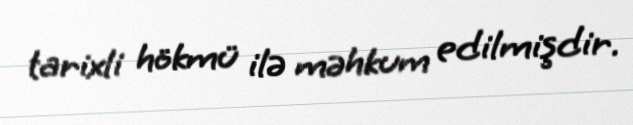
tarixli hökmü ilə məhkum edilmişdir.